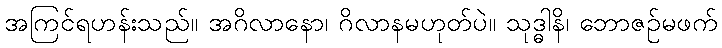
အကြင်ရဟန်းသည်။ အဂိလာနော၊ ဂိလာနမဟုတ်ပဲ။ သုဒ္ဓါနိ၊ ဘောဇဉ်မဖက်